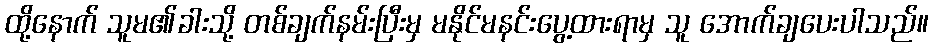
ထို့နောက် သူမ၏ခါးသို့ တစ်ချက်နမ်းပြီးမှ မနိုင်မနင်းပွေ့ထားရာမှ သူ အောက်ချပေးပါသည်။